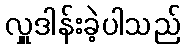
လှူဒါန်းခဲ့ပါသည်